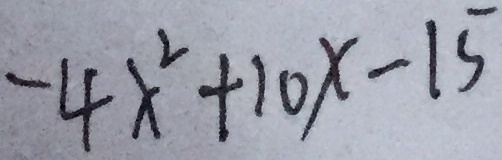
- 4 x ^ { 2 } + 1 0 x - 1 5